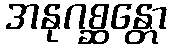
အနုဂစ္ဆန္တော